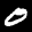
Label: 0